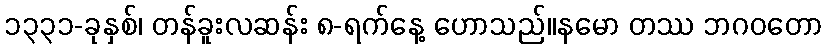
၁၃၃၁-ခုနှစ်၊ တန်ခူးလဆန်း ၈-ရက်နေ့ ဟောသည်။နမော တဿ ဘဂဝတော